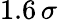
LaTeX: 1.6\, \sigma